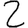
Digit: 2